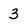
Character: 3